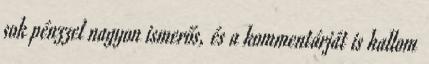
sok pénzzel nagyon ismerős, és a kommentárját is hallom